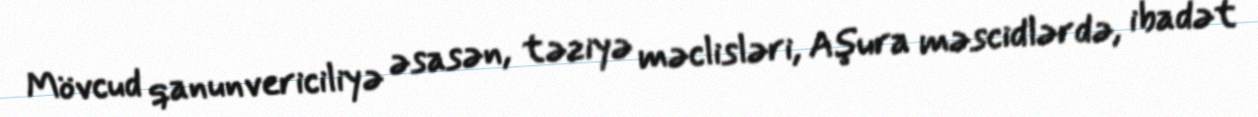
Mövcud qanunvericiliyə əsasən, təziyə məclisləri, Aşura məscidlərdə, ibadət